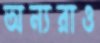
অন্যরাও